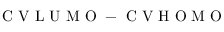
\mathrm { ~ C ~ V ~ L ~ U ~ M ~ O ~ } - \mathrm { ~ C ~ V ~ H ~ O ~ M ~ O ~ }